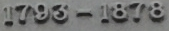
1793-1878